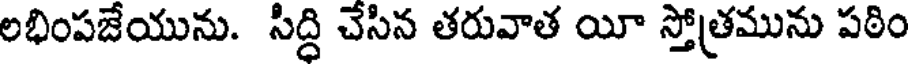
లభింపజేయును. సిద్ది చేసిన తరువాత యీ స్తోత్రమును పఠిం